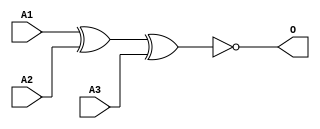
module MJXNOR3B(A1, A2, A3, O);
input   A1;
input   A2;
input   A3;
output  O;
xnor g0(O, A1, A2, A3);
endmodule